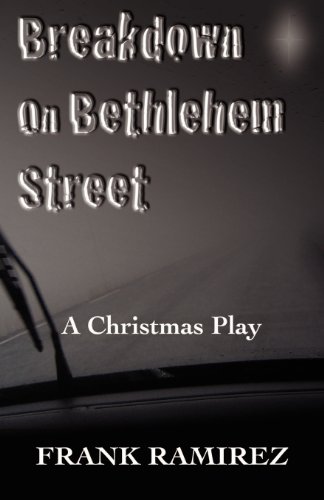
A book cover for Breakdown on Bethlehem Street: A Christmas Play; Frank Ramirez; Literature & Fiction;